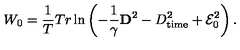
W _ { 0 } = \frac { 1 } { T } T r \ln \left( - \frac { 1 } { \gamma } { \bf D } ^ { 2 } - D _ { \mathrm { t i m e } } ^ { 2 } + { \cal E } _ { 0 } ^ { 2 } \right) .